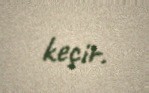
keçir.